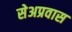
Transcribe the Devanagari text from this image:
सेअप्रवास